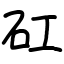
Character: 矼